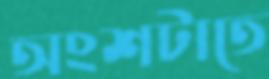
অংশটাতে